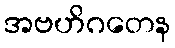
အဗဟိဂတေန